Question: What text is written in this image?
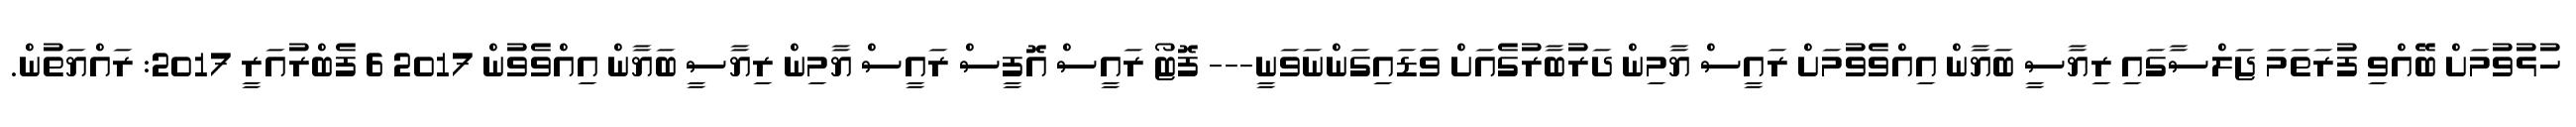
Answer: ހުޅުވުމަށް ބޭއްވި ފުރަތަމަ ޖަލްސާގައި ރިޔާސީ ބަޔާން އިއްވެވުމަށް ރައީސް ޔާމިން ދަރުބާރުގެއަށް ވަޑައިގަންނަވަނީ--- ފޮޓޯ ރައީސް އޮފީސް ރައީސް ޔާމިން ރިޔާސީ ބަޔާން އިއްވެވުން 2017 6 ފެބްރުއަރީ 2017: ރައްޔަތުން.